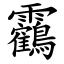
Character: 靏